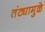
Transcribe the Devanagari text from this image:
तंट्यामुळे